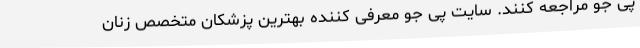
پی جو مراجعه کنند. سایت پی جو معرفی کننده بهترین پزشکان متخصص زنان